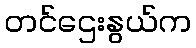
တင်ဌေးနွယ်က